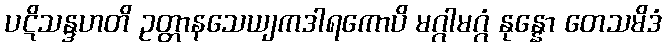
ပဋိသန္ဒဟတိ ဥတ္တာနသေယျကဒါရကောပိ မဂ္ဂါမဂ္ဂံ နုန္နော တေသမိဒံ